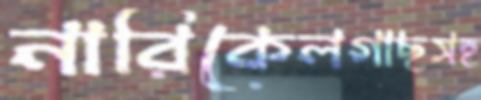
নারিকেলগাছসহ